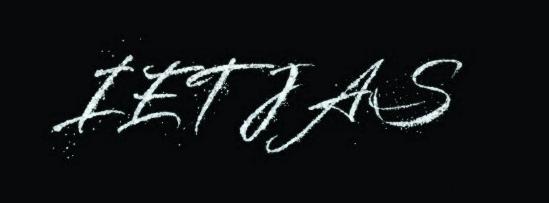
IETJAS